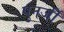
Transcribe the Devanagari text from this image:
पुनर्जी